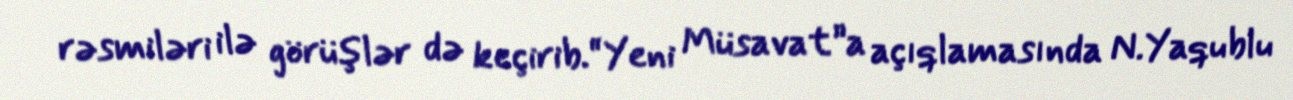
rəsmiləri ilə görüşlər də keçirib.“Yeni Müsavat”a açıqlamasında N.Yaqublu